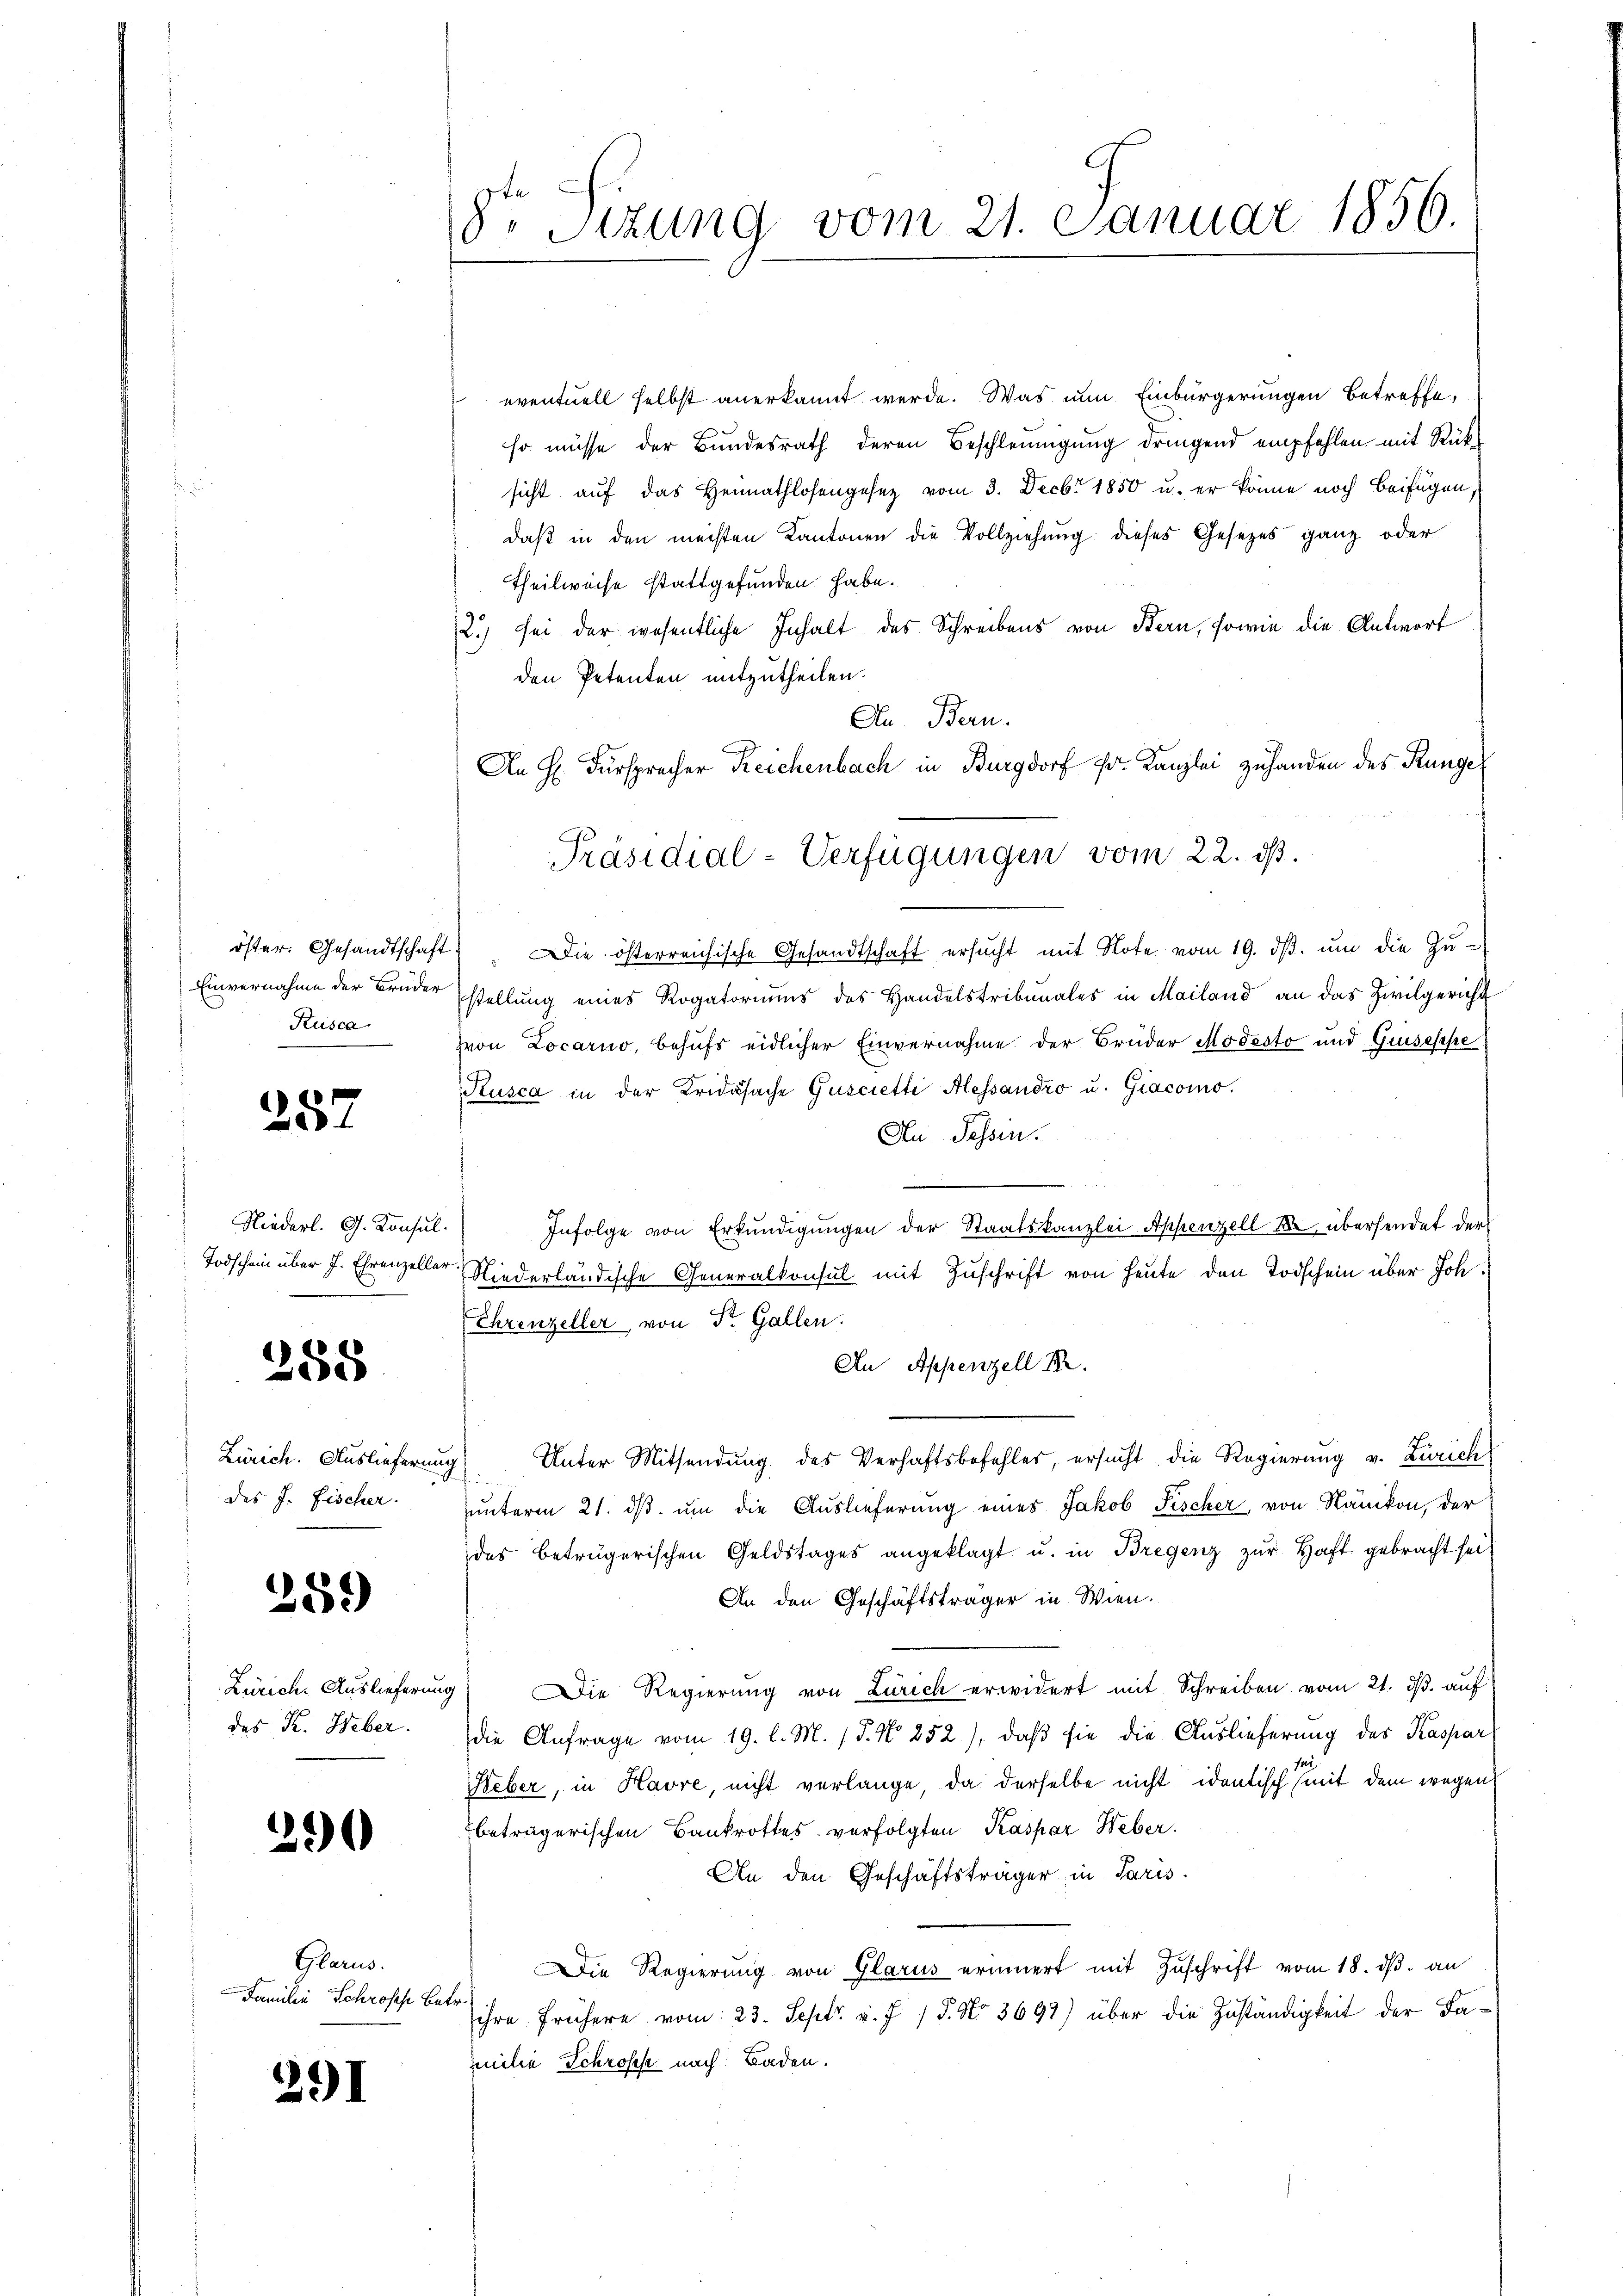
Kusca

257

Niederl. G. Konsul

258

des J. Fischer.

259)

Zürich: Auslieferung
das K. Heber.

290

Glarus.
Familie Schroses Betr

291

St Sizung vom 21. Januar 1856.

eventuell selbst anerkannt werde. Was nun Einbürgerungen betreffe,
so müsse der Bundesrath deren Beschleunigung dringend empfehlen mit Rücksicht auf das Heimathlosengesetz vom 3. Decbr 1850 u. er könne noch beifügen,
daß in den meisten Kantonen die Vollziehung dieses Gesetzes ganz oder
Theilweise stattgefunden habe.
2.) sei der wesentliche Inhalt des Schreibens von Bern, sowie die Antwort
den Petenten mitzutheilen.
An Bern.
öster. Gesandtschaft. Die österreichische Gesandtschaft ersŭcht mit Note vom 19. dβ. ŭm die Zŭ-
Einvernahme der Brüder stellŭng eines Rogatoriums des Handelstribunales in Mailand an das Zivilgericht
zvon Locarno, behufs eidlicher Einvernahme der Brüder Modesto und Guisesse
Kusca in der Fridasache Gusciette Alessandro u. Giacomo.
An Tessin.
Infolge von Erkundigungen der Staatskanzlei Appenzell er übersendet der
Todschein über J. Ehrenzeller Niederländische Generalkonsul mit Zŭschrift von heute den Todschein über Joh.
Ehrenzeller von Sr. Gallen.
An Appenzell I.
Zürich. Auslieferung Unter Mitsendung des Verhaftsbefehles, ersucht die Regierung v. Zürich

unterm 21. dβ. um die Auslieferung eines Jakob Fischer, von Nänikon, der
des beträgerischen Geldstages angeklagt u. in Bregenz zur Haft gebracht sei
An den Geschäftsträger in Wien.
Die Regierung von Zürich erwidert mit Schreiben vom 21. dβ. auf
die Anfrage vom 19. l. M. (§. N. 252), daß sie die Auslieferung des Kaspar
Weber, in Havre, nicht verlange, da derselbe nicht identisch (mit dem wegen
beträgerischen Bankrottes verfolgten Kaspar Weber
An den Geschäftsträger in Paris.
Die Regierung von Glarus erinnert mit Zuschrift vom 18. dβ an
ihre frühere vom 23. Sept v. J. J. No 3698) über die Zuständigkeit der Familie Schrösche nach Baden.

An H. Fürsprecher Reichenbach in Burgdorf fr. Kanzlei zuhanden des Ringe
Präsidial-Verfügungen vom 22. dß.